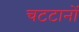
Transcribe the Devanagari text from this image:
चटटानों